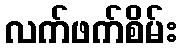
လက်ဖက်စိမ်း